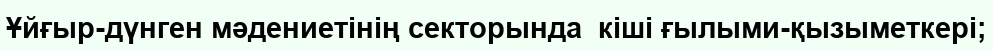
Ұйғыр-дүнген мәдениетінің секторында  кіші ғылыми-қызыметкері;